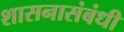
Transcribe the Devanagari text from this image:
शासनासंबंधी